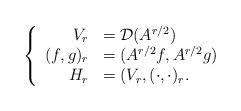
LaTeX: \begin{align*}\left\{\begin{array}[c]{rl}V_{r} & =\mathcal{D}(A^{r/2})\\(f,g)_{r} & =(A^{r/2}f,A^{r/2}g)\\H_{r} & =(V_{r},(\cdot,\cdot)_{r}.\end{array}\right. \end{align*}